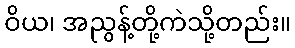
ဝိယ၊ အညွန့်တို့ကဲသို့တည်း။